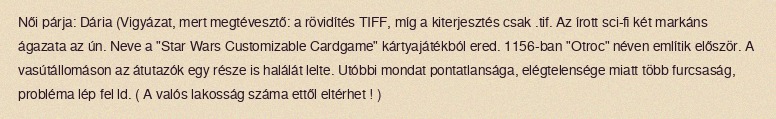
Női párja: Dária (Vigyázat, mert megtévesztő: a rövidítés TIFF, míg a kiterjesztés csak .tif. Az írott sci-fi két markáns ágazata az ún. Neve a "Star Wars Customizable Cardgame" kártyajátékból ered. 1156-ban "Otroc" néven említik először. A vasútállomáson az átutazók egy része is halálát lelte. Utóbbi mondat pontatlansága, elégtelensége miatt több furcsaság, probléma lép fel ld. ( A valós lakosság száma ettől eltérhet ! )